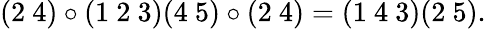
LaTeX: (2~4)\circ(1~2~3)(4~5)\circ(2~4)=(1~4~3)(2~5).